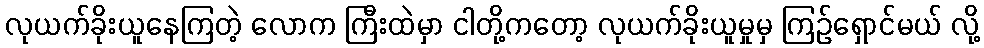
လုယက်ခိုးယူနေကြတဲ့ လောက ကြီးထဲမှာ ငါတို့ကတော့ လုယက်ခိုးယူမှုမှ ကြဉ်ရှောင်မယ် လို့